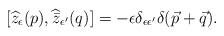
LaTeX: \begin{align*}[\widehat{z}_\epsilon(p),\widehat{\bar z}{}_{\epsilon^\prime}(q)]= - \epsilon \delta_{\epsilon\epsilon^\prime} \delta(\vec{p} + \vec{q}).\end{align*}